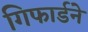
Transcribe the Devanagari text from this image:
गिफार्डने